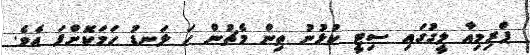
ޕްރިމިއާ ލީގުގައި ސިޓީ ކުޅުނު ތިން މެޗުން ހަ ލަނޑު ހަމަކޮށްފަ އެވެ.